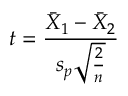
t = { \frac { { \bar { X } } _ { 1 } - { \bar { X } } _ { 2 } } { s _ { p } { \sqrt { \frac { 2 } { n } } } } }